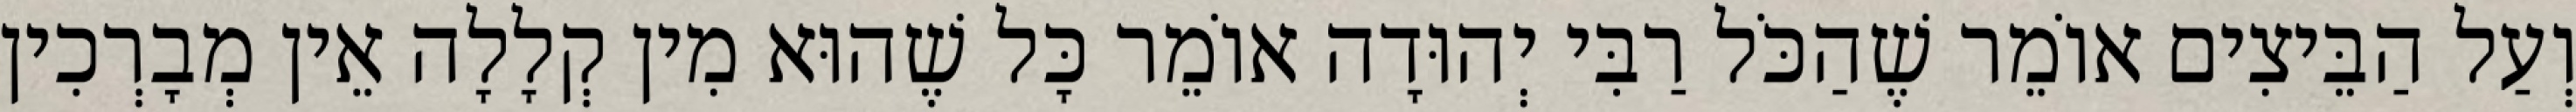
וְעַל הַבֵּיצִים אוֹמֵר שֶׁהַכֹּל רַבִּי יְהוּדָה אוֹמֵר כָּל שֶׁהוּא מִין קְלָלָה אֵין מְבָרְכִין